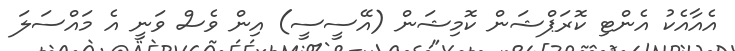
އެއާއެކު އެންޓި ކޮރަޕްޝަން ކޮމިޝަން (އޭސީސީ) އިން ވެސް ވަނީ އެ މައްސަލަ